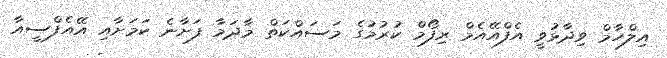
އިލްހާމް ވިދާޅުވީ އެފްއޭއެމް ރިފޯމް ކުރުމުގެ މަސައްކަތް މާދަމާ ފަށާނެ ކަމަށާއި އޭއެފްސީއާ